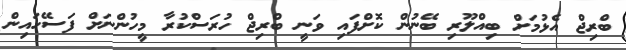
ބްރިޖް އެޅުމަށް ބިއްލޫރި ބޭނުން ކޮށްފައި ވަނީ ބްރިޖް ހުރަސްކުރާ މީހުންނަށް ފަސޭހައިން